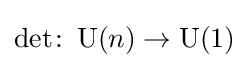
\det \colon \operatorname {U} (n)\to \operatorname {U} (1)